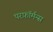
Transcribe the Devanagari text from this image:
परफ़ॉर्मन्स